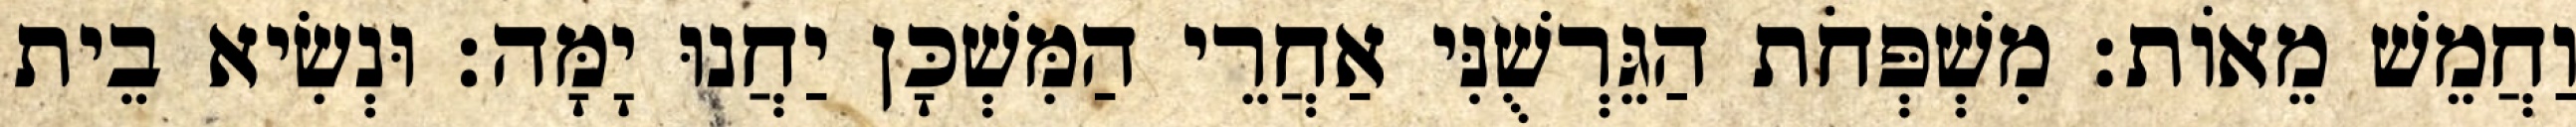
וַחֲמֵשׁ מֵאוֹת׃ מִשְׁפְּחֹת הַגֵּרְשֻׁנִּי אַחֲרֵי הַמִּשְׁכָּן יַחֲנוּ יָמָּה׃ וּנְשִׂיא בֵית